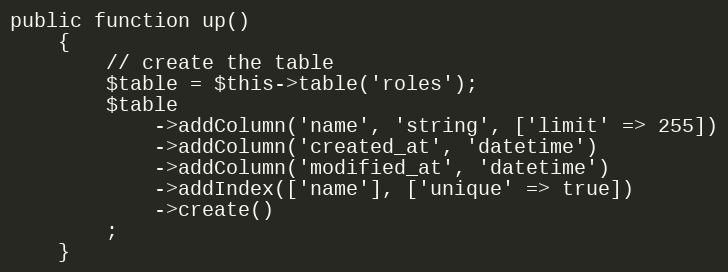
Language: PHP
public function up()
    {
        // create the table
        $table = $this->table('roles');
        $table
            ->addColumn('name', 'string', ['limit' => 255])
            ->addColumn('created_at', 'datetime')
            ->addColumn('modified_at', 'datetime')
            ->addIndex(['name'], ['unique' => true])
            ->create()
        ;
    }